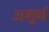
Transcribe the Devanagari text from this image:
अशुर्भ